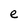
Character: e